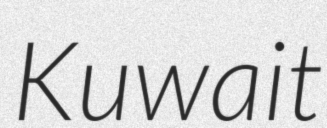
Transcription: Kuwait